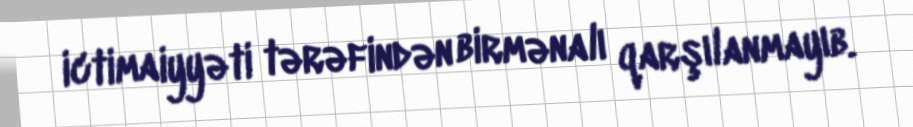
ictimaiyyəti tərəfindən birmənalı qarşılanmayıb.